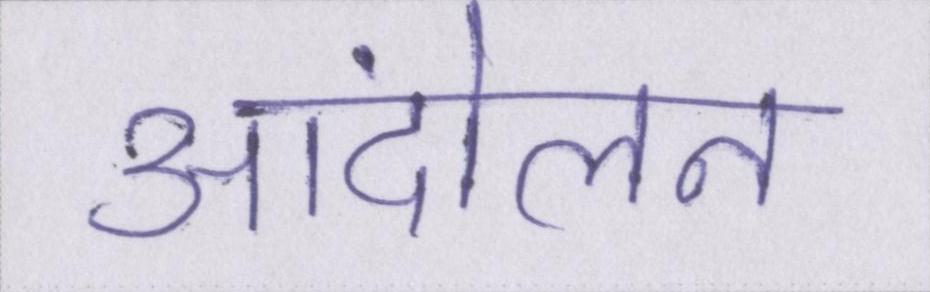
आंदोलन